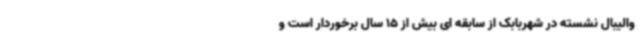
والیبال نشسته در شهربابک از سابقه ای بیش از 15 سال برخوردار است و